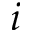
i